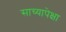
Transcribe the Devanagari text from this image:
साच्यापेक्षा